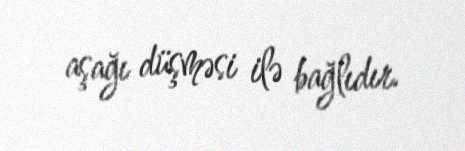
aşağı düşməsi ilə bağlıdır.